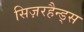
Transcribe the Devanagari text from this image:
सिज़रहैन्ड्स